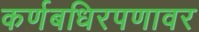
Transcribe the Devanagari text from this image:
कर्णबधिरपणावर